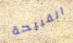
القبيحة